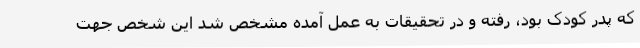
که پدر کودک بود، رفته و در تحقیقات به عمل آمده مشخص شد این شخص جهت